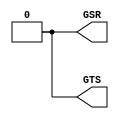
module xlnx_glbl
(
  GSR,
  GTS
);

  //--------------------------------------------------------------------------
  // Parameters
  //--------------------------------------------------------------------------

  //--------------------------------------------------------------------------
  // IO declarations
  //--------------------------------------------------------------------------

  output GSR;
  output GTS;

  //--------------------------------------------------------------------------
  // Local declarations
  //--------------------------------------------------------------------------

  //--------------------------------------------------------------------------
  // Internal declarations
  //--------------------------------------------------------------------------

  assign GSR = 0;
  assign GTS = 0;
  
endmodule